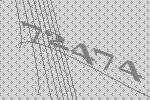
72474